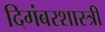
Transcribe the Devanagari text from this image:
दिगंबरशास्त्री